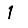
Digit: 1